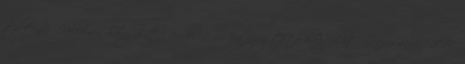
tölteni.” „Kellemes hangulatú rendelő.” „Megnyugtató hangulat” Zsuzsanna , 2017.